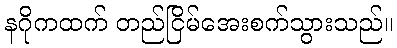
နဂိုကထက် တည်ငြိမ်အေးစက်သွားသည်။